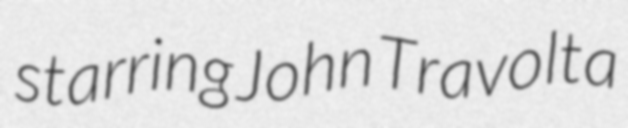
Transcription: starring John Travolta